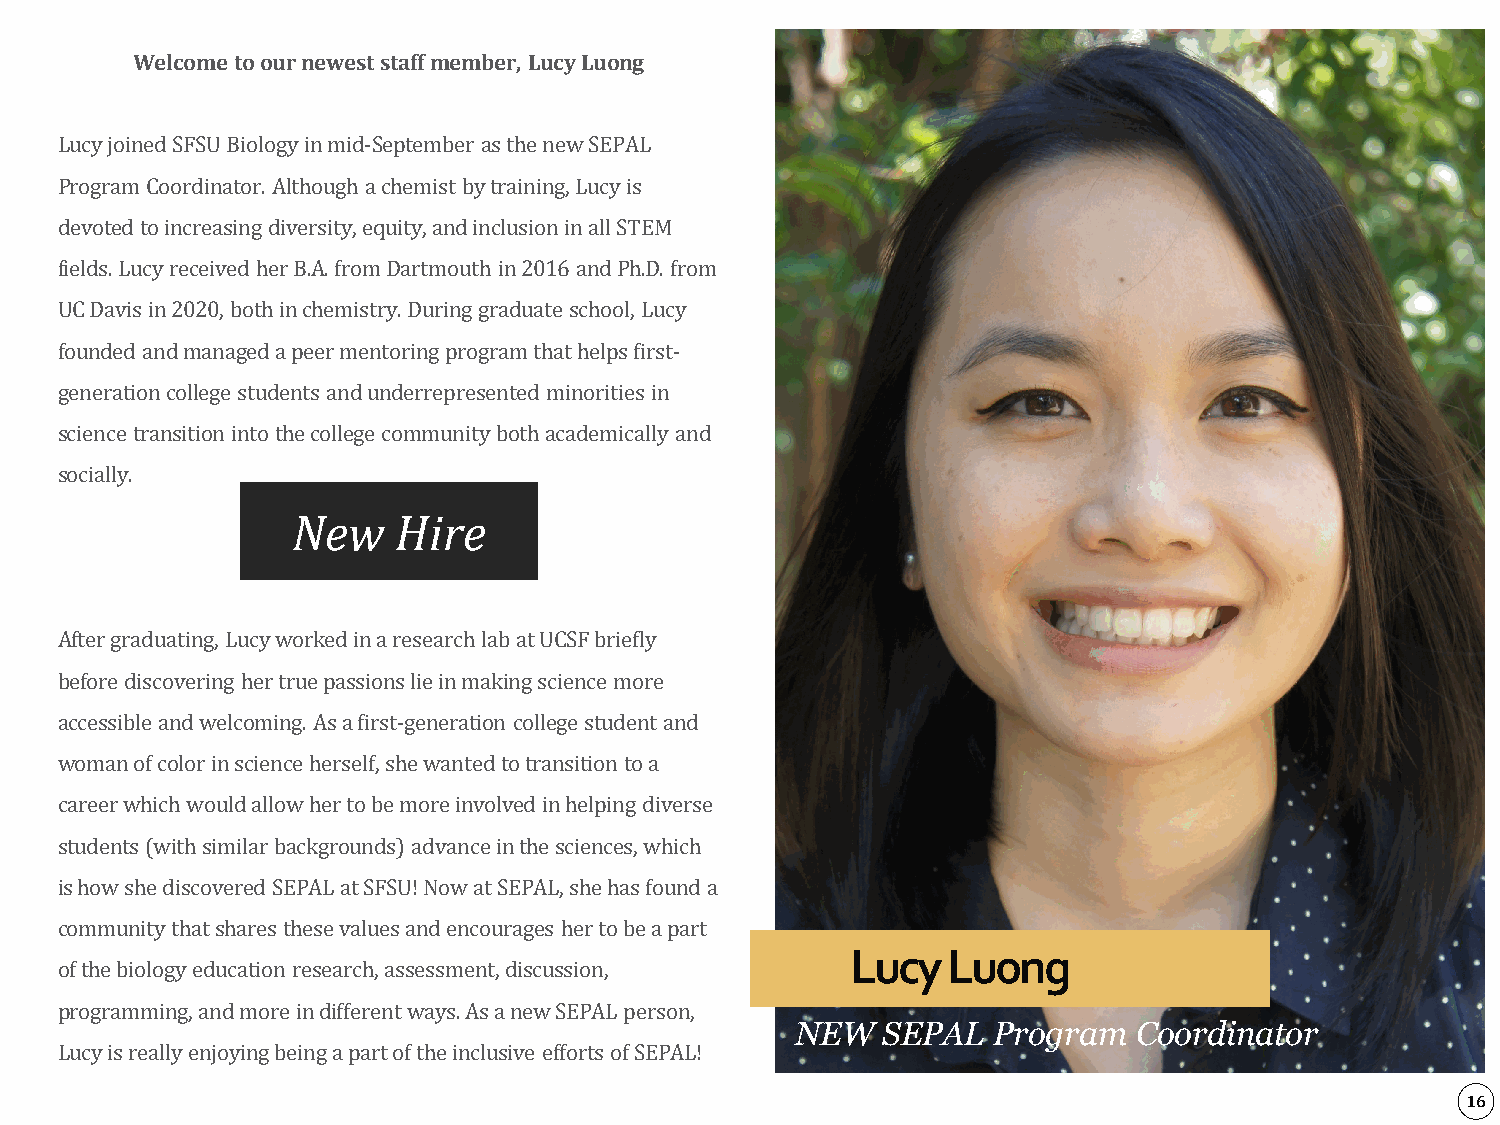
Welcome to our newest staff member, Lucy Luong
 Lucy joined SFSU Biology in mid-September as the new SEPAL
 Program Coordinator. Although a chemist by training, Lucy is
 devoted to increasing diversity, equity, and inclusion in all STEM
 fields. Lucy received her B.A. from Dartmouth in 2016 and Ph.D. from
 UC Davis in 2020, both in chemistry. During graduate school, Lucy
 founded and managed a peer mentoring program that helps first-
 generation college students and underrepresented minorities in
 science transition into the college community both academically and
 socially.      New    Hire
 After graduating, Lucy worked in a research lab at UCSF briefly
 before discovering her true passions lie in making science more
 accessible and welcoming. As a first-generation college student and
 woman of color in science herself, she wanted to transition to a
 career which would allow her to be more involved in helping diverse
 students (with similar backgrounds) advance in the sciences, which
 is how she discovered SEPAL at SFSU! Now at SEPAL, she has found a
 Lucy   Luong
 community that shares these values and encourages her to be a part
 of the biology education research, assessment, discussion,
 NEW  SEPAL   Program  Coordinator
 programming, and more in different ways. As a new SEPAL person,
 Lucy is really enjoying being a part of the inclusive efforts of SEPAL!                      16